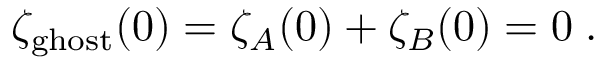
\zeta _ { \mathrm { g h o s t } } ( 0 ) = \zeta _ { \cal A } ( 0 ) + \zeta _ { \cal B } ( 0 ) = 0 \; .